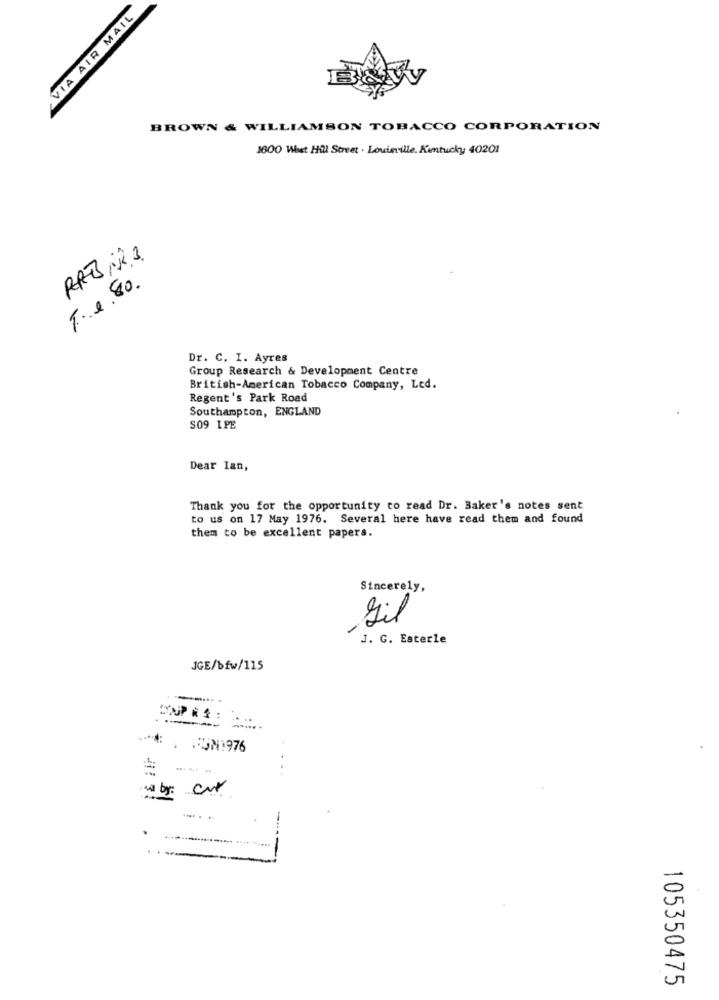
VIA AIR MAIL
BROWN & WILLIAMSON TOBACCO CORPORATION
1600 What Hill Street . Louisville, Kentucky 40201
RAB NR.3.
F. e.80.
Dr. C. I. Ayres
Group Research & Development Centre
British-American Tobacco Company, Led.
Regent's Park Road
Southampton, ENGLAND
S09 LPE
Dear Ian,
Thank you for the opportunity to read Dr. Baker's notes sent
to us on 17 May 1976. Several here have read them and found
them to be excellent papers.
Sincerely,
Sil
J. G. Esterle
JGE/bfw/115
**** . JUN1976
we by: cut
.... . ..
105350475